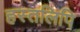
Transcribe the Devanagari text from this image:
हस्‍तलिपि